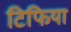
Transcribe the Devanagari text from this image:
टिफिया